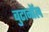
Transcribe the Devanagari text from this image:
बुटानॉल